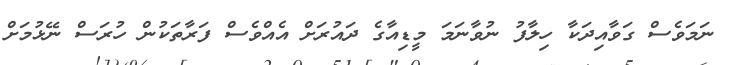
ނަމަވެސް ގަވާއިދަކާ ހިލާފު ނުވާނަމަ މީޑިއާގެ ދައުރަށް އެއްވެސް ފަރާތަކުން ހުރަސް ނޭޅުމަށް